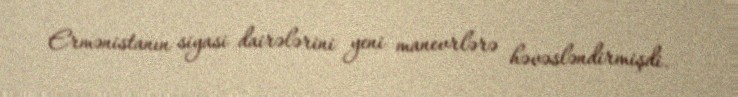
Ermənistanın siyasi dairələrini yeni manevrlərə həvəsləndirmişdi.